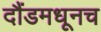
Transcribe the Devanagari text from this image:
दौंडमधूनच